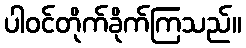
ပါဝင်တိုက်ခိုက်ကြသည်။